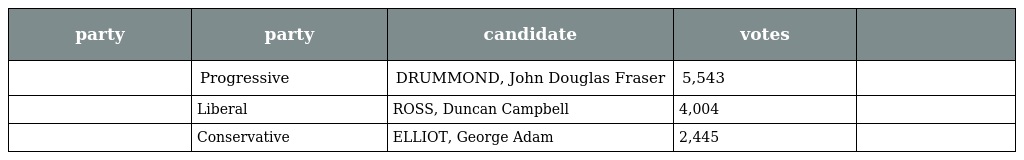
| party | party | candidate | votes |  |
 | --- | --- | --- | --- | --- |
 |  | Progressive | DRUMMOND, John Douglas Fraser | 5,543 |  |
 |  | Liberal | ROSS, Duncan Campbell | 4,004 |  |
 |  | Conservative | ELLIOT, George Adam | 2,445 |  |